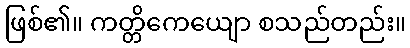
ဖြစ်၏။ ကတ္တိကေယျော စသည်တည်း။